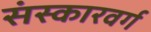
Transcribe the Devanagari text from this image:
संस्कारवर्ग